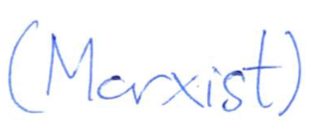
Text: (Marxist)
Cross-out: clean
Writing tool: ballpoint